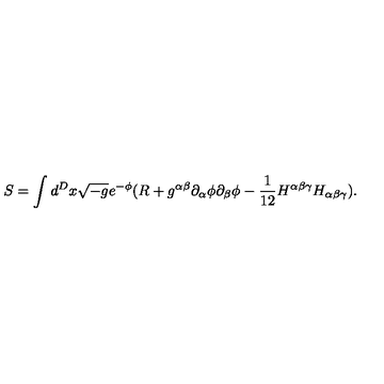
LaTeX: S = \int d ^ { D } x \sqrt { - g } e ^ { - \phi } ( R + g ^ { \alpha \beta } \partial _ { \alpha } \phi \partial _ { \beta } \phi - \frac 1 { 1 2 } H ^ { \alpha \beta \gamma } H _ { \alpha \beta \gamma } ) .